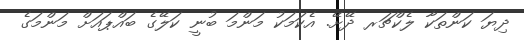
ދިޔަ ކަންތަކާ ލެކްޗަރ ދޭށޭ. އެކަމަކު މަންމަ ބުނީ ކަލޭގެ ބައްޕައަށް މަންމަގެ